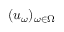
( u _ { \omega } ) _ { \omega \in \Omega }